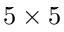
5 \times 5